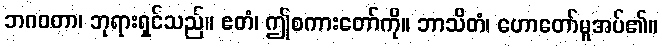
ဘဂဝတာ၊ ဘုရားရှင်သည်။ ဧတံ၊ ဤစကားတော်ကို။ ဘာသိတံ၊ ဟောတော်မူအပ်၏။